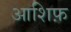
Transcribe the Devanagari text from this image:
आशिफ़